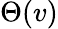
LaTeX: \Theta(v)